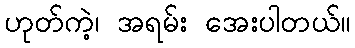
ဟုတ်ကဲ့၊ အရမ်း အေးပါတယ်။